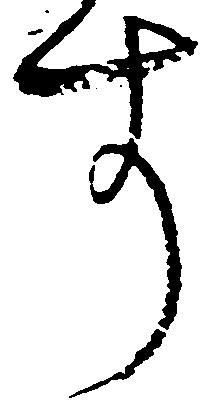
す